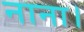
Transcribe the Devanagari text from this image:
नाना।